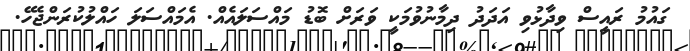
ގައުމު ރައީސް ވިދާޅުވި އަދަދު ދިމާނުވުމަކީ ވަރަށް ބޮޑު މައްސަލައެއް. އެމައްސަލަ ހައްލުކުރަންޖެހޭ.